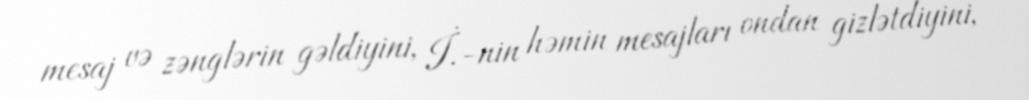
mesaj və zənglərin gəldiyini, İ.-nin həmin mesajları ondan gizlətdiyini,